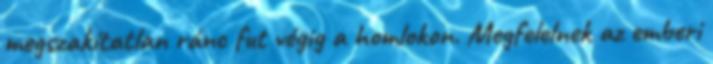
megszakítatlan ránc fut végig a homlokon. Megfelelnek az emberi